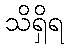
သိရှိရ